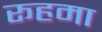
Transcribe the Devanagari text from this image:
रूहमा